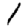
Digit: 1